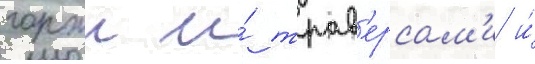
горжи и́ трав'ерсам'и и́